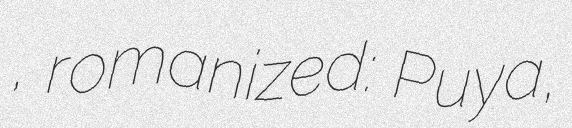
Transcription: पुण्य, romanized: Puṇya,